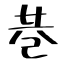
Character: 巷